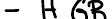
- HGB